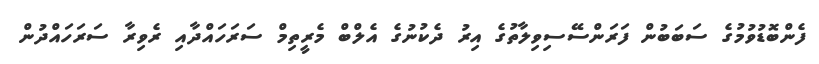
ފެންބޮޑުވުމުގެ ސަބަބުން ފަރަންސޭސިވިލާތުގެ އިރު ދެކުނުގެ އެލްބް މެރީތިމް ސަރަހައްދާއި ރެވިރާ ސަރަހައްދުން